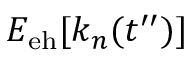
E _ { \mathrm { e h } } [ k _ { n } ( t ^ { \prime \prime } ) ]